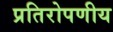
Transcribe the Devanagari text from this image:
प्रतिरोपणीय